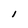
Character: l